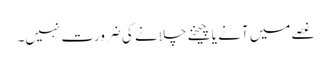
غصے میں آنے یا چیخنے چلانے کی ضرورت نہیں۔